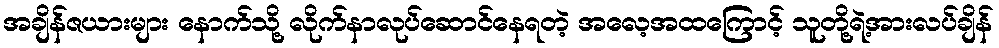
အချိန်ဇယားများ နောက်သို့ လိုက်နာလုပ်ဆောင်နေရတဲ့ အလေ့အထကြောင့် သူတို့ရဲ့အားလပ်ချိန်